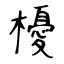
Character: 櫌